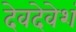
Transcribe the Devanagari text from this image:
देवदेवेशं